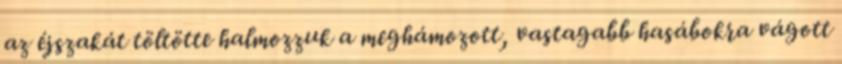
az éjszakát töltötte halmozzuk a meghámozott, vastagabb hasábokra vágott